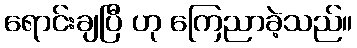
ရောင်းချပြီ ဟု ကြေညာခဲ့သည်။